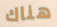
هناك